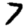
Digit: 7